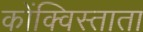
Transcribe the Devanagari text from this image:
कोंक्विस्ताता